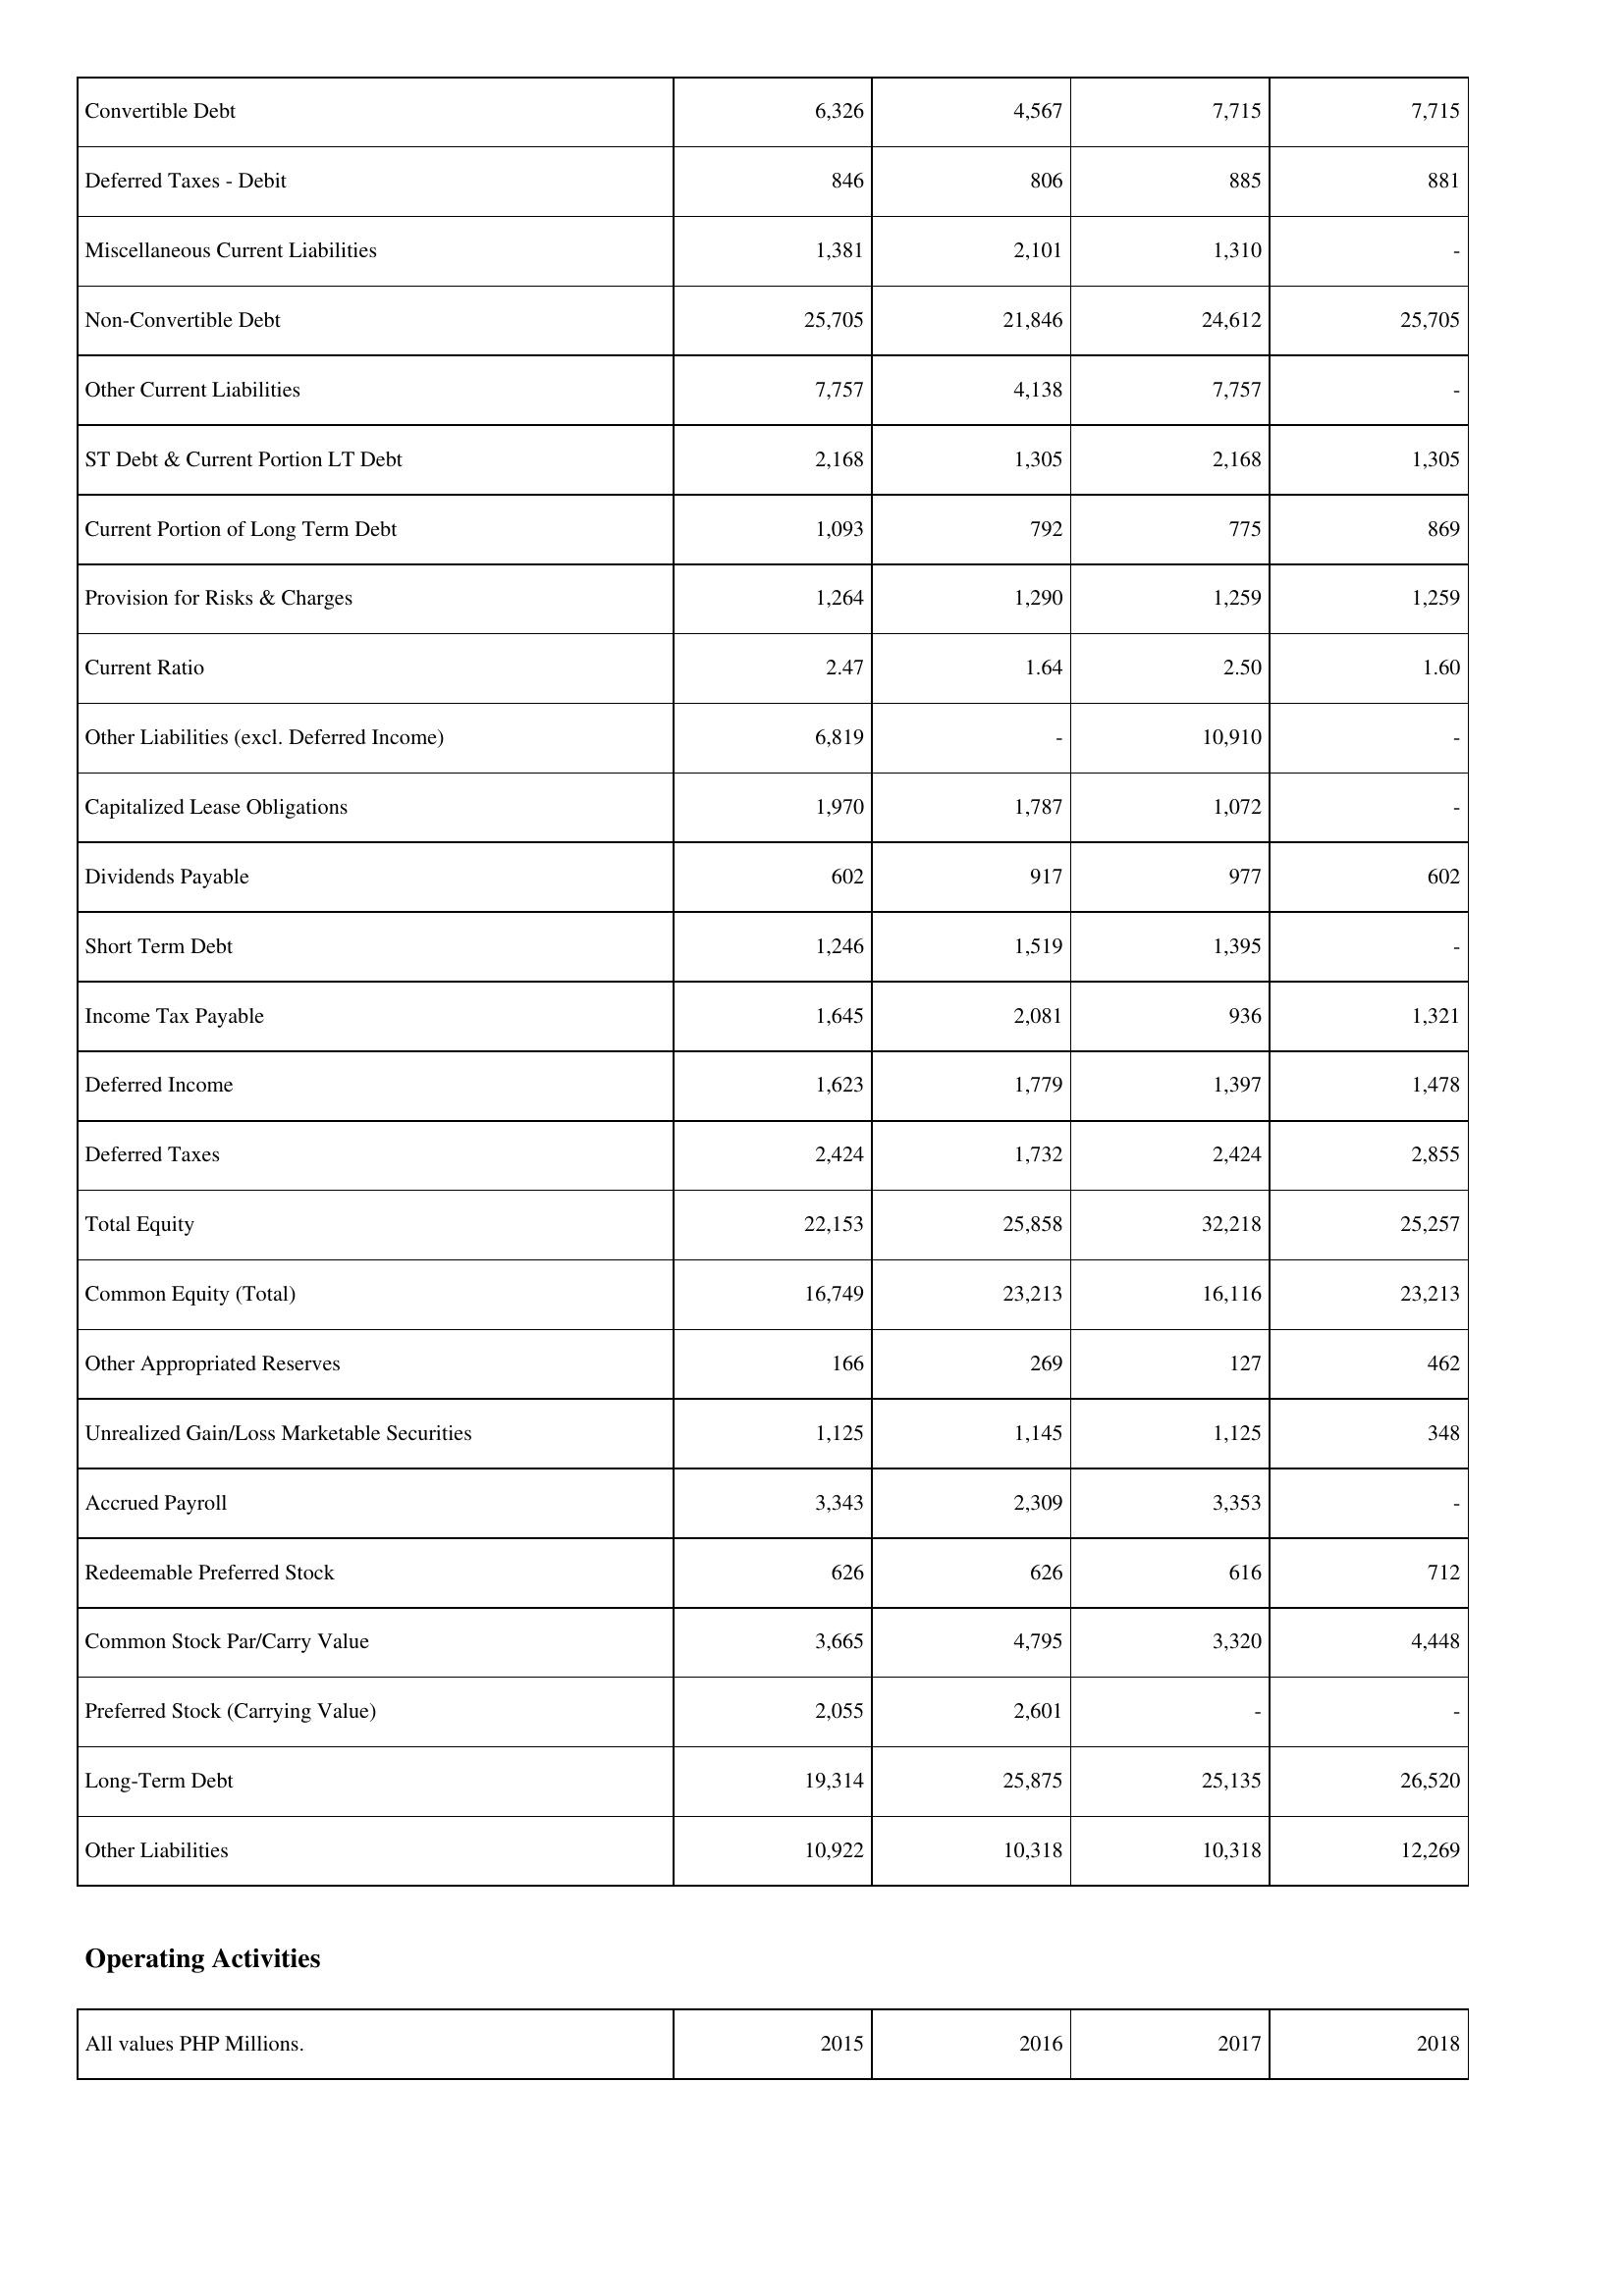
2015: Liabilities & Shareholders' Equity: Convertible Debt: 6,326
Deferred Taxes - Debit: 846
Miscellaneous Current Liabilities: 1,381
Non-Convertible Debt: 25,705
Other Current Liabilities: 7,757
ST Debt & Current Portion LT Debt: 2,168
Current Portion of Long Term Debt: 1,093
Provision for Risks & Charges: 1,264
Current Ratio: 2.47
Other Liabilities (excl. Deferred Income): 6,819
Capitalized Lease Obligations: 1,970
Dividends Payable: 602
Short Term Debt: 1,246
Income Tax Payable: 1,645
Deferred Income: 1,623
Deferred Taxes: 2,424
Total Equity: 22,153
Common Equity (Total): 16,749
Other Appropriated Reserves: 166
Unrealized Gain/Loss Marketable Securities: 1,125
Accrued Payroll: 3,343
Redeemable Preferred Stock: 626
Common Stock Par/Carry Value: 3,665
Preferred Stock (Carrying Value): 2,055
Long-Term Debt: 19,314
Other Liabilities: 10,922
2016: Liabilities & Shareholders' Equity: Convertible Debt: 4,567
Deferred Taxes - Debit: 806
Miscellaneous Current Liabilities: 2,101
Non-Convertible Debt: 21,846
Other Current Liabilities: 4,138
ST Debt & Current Portion LT Debt: 1,305
Current Portion of Long Term Debt: 792
Provision for Risks & Charges: 1,290
Current Ratio: 1.64
Other Liabilities (excl. Deferred Income): -
Capitalized Lease Obligations: 1,787
Dividends Payable: 917
Short Term Debt: 1,519
Income Tax Payable: 2,081
Deferred Income: 1,779
Deferred Taxes: 1,732
Total Equity: 25,858
Common Equity (Total): 23,213
Other Appropriated Reserves: 269
Unrealized Gain/Loss Marketable Securities: 1,145
Accrued Payroll: 2,309
Redeemable Preferred Stock: 626
Common Stock Par/Carry Value: 4,795
Preferred Stock (Carrying Value): 2,601
Long-Term Debt: 25,875
Other Liabilities: 10,318
2017: Liabilities & Shareholders' Equity: Convertible Debt: 7,715
Deferred Taxes - Debit: 885
Miscellaneous Current Liabilities: 1,310
Non-Convertible Debt: 24,612
Other Current Liabilities: 7,757
ST Debt & Current Portion LT Debt: 2,168
Current Portion of Long Term Debt: 775
Provision for Risks & Charges: 1,259
Current Ratio: 2.50
Other Liabilities (excl. Deferred Income): 10,910
Capitalized Lease Obligations: 1,072
Dividends Payable: 977
Short Term Debt: 1,395
Income Tax Payable: 936
Deferred Income: 1,397
Deferred Taxes: 2,424
Total Equity: 32,218
Common Equity (Total): 16,116
Other Appropriated Reserves: 127
Unrealized Gain/Loss Marketable Securities: 1,125
Accrued Payroll: 3,353
Redeemable Preferred Stock: 616
Common Stock Par/Carry Value: 3,320
Preferred Stock (Carrying Value): -
Long-Term Debt: 25,135
Other Liabilities: 10,318
2018: Liabilities & Shareholders' Equity: Convertible Debt: 7,715
Deferred Taxes - Debit: 881
Miscellaneous Current Liabilities: -
Non-Convertible Debt: 25,705
Other Current Liabilities: -
ST Debt & Current Portion LT Debt: 1,305
Current Portion of Long Term Debt: 869
Provision for Risks & Charges: 1,259
Current Ratio: 1.60
Other Liabilities (excl. Deferred Income): -
Capitalized Lease Obligations: -
Dividends Payable: 602
Short Term Debt: -
Income Tax Payable: 1,321
Deferred Income: 1,478
Deferred Taxes: 2,855
Total Equity: 25,257
Common Equity (Total): 23,213
Other Appropriated Reserves: 462
Unrealized Gain/Loss Marketable Securities: 348
Accrued Payroll: -
Redeemable Preferred Stock: 712
Common Stock Par/Carry Value: 4,448
Preferred Stock (Carrying Value): -
Long-Term Debt: 26,520
Other Liabilities: 12,269